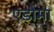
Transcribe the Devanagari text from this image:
एडोमा